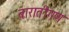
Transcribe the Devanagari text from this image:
बारातीगण